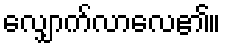
လျှောက်လာလေ၏။